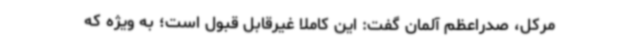
مرکل، صدراعظم آلمان گفت: این کاملاً غیرقابل قبول است؛ به ویژه که